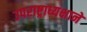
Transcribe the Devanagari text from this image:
उपराष्ट्राध्यक्षाने